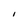
Character: I